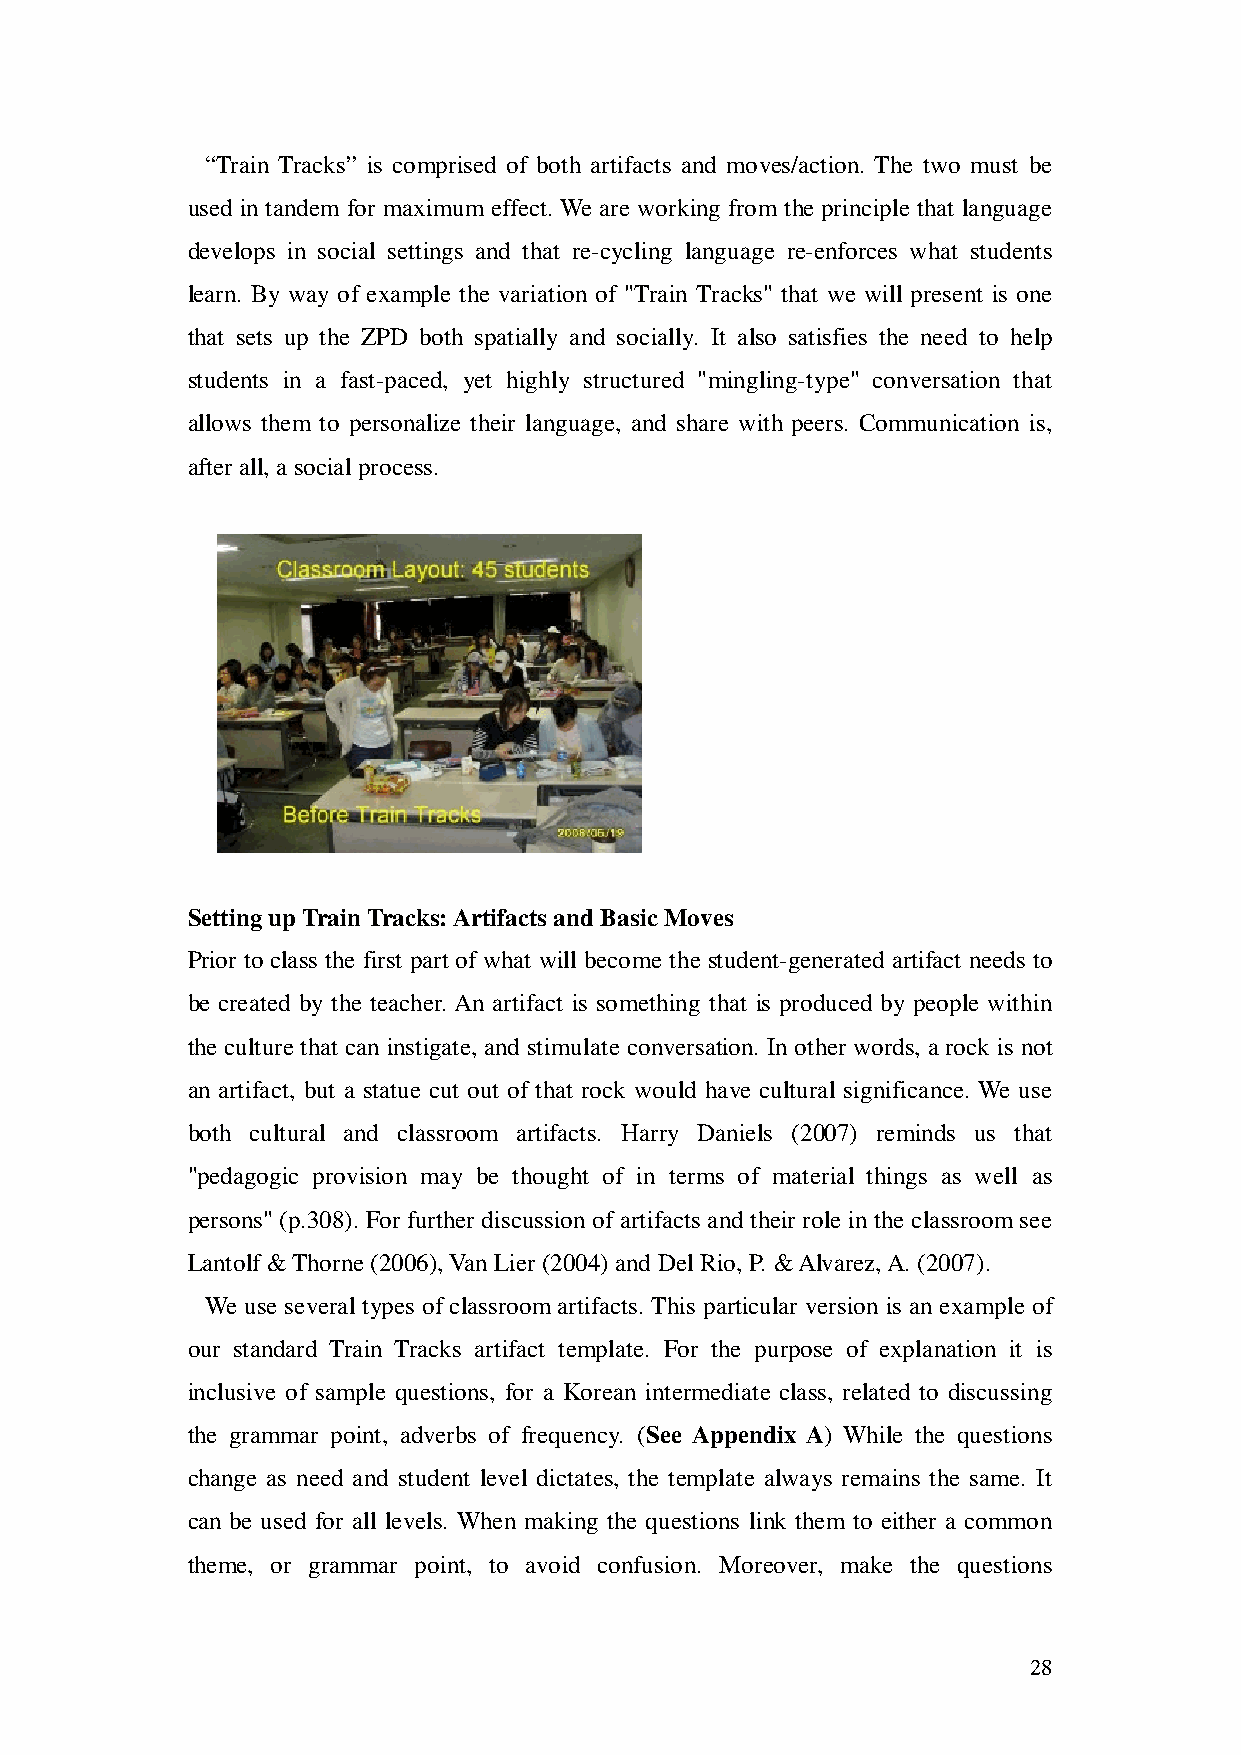
“Train Tracks” is comprised of both artifacts and moves/action. The two must be
 used in tandem for maximum effect. We are working from the principle that language
 develops in social settings and that re-cycling language re-enforces what students
 learn. By way of example the variation of "Train Tracks" that we will present is one
 that sets up the ZPD both spatially and socially. It also satisfies the need to help
 students in a fast-paced, yet highly structured "mingling-type" conversation that
 allows them to personalize their language, and share with peers. Communication is,
 after all, a social process.
 Setting up Train Tracks: Artifacts and Basic Moves
 Prior to class the first part of what will become the student-generated artifact needs to
 be created by the teacher. An artifact is something that is produced by people within
 the culture that can instigate, and stimulate conversation. In other words, a rock is not
 an artifact, but a statue cut out of that rock would have cultural significance. We use
 both cultural and classroom artifacts. Harry Daniels (2007) reminds us that
 "pedagogic provision may be thought of in terms of material things as well as
 persons" (p.308). For further discussion of artifacts and their role in the classroom see
 Lantolf & Thorne (2006), Van Lier (2004) and Del Rio, P. & Alvarez, A. (2007).
 We use several types of classroom artifacts. This particular version is an example of
 our standard Train Tracks artifact template. For the purpose of explanation it is
 inclusive of sample questions, for a Korean intermediate class, related to discussing
 the grammar point, adverbs of frequency. (See Appendix A) While the questions
 change as need and student level dictates, the template always remains the same. It
 can be used for all levels. When making the questions link them to either a common
 theme, or grammar point, to avoid confusion. Moreover, make the questions
 28